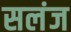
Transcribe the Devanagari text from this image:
सलंज